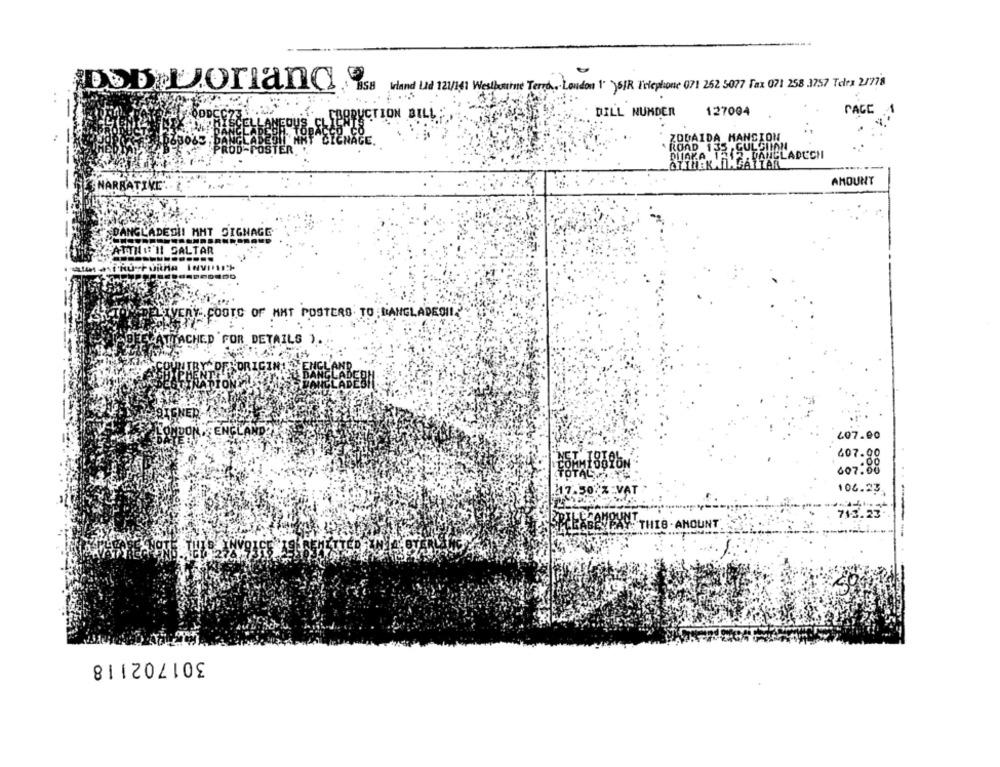
Dob Loniand.
Irland Lid 121/141 Westbourne Terra .. . London 1 )6/R Telephone 071 252 5077 Fax 071 258 3757 Telex 21778
DILL NUMDER
127004
PACE 1
UCTION BILL
-
LADUCH
-
AMOUNT
NARRATIVE.
ANGLADESI! MHT SIGNAGE
ATTHE II SALTAR
- FOOTC OF MMT POSTERS TO LANGLADESIL
(TACHED FOR DETAILS )
ENED
ENCL
407.00
607.90
607:88
217.50 % VAT
108.23
713.23
LLABEY PAY: THIS . AMOUNT
301702118